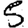
Digit: 5